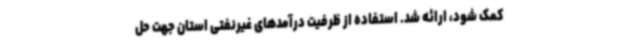
کمک شود، ارائه شد. استفاده از ظرفیت‌ درآمدهای غیرنفتی استان جهت حل